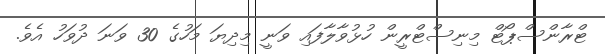
ޓްރާންސްޕޯޓް މިނިސްޓްރީން ހުޅުވާލާފައި ވަނީ މިދިޔަ މަހުގެ 30 ވަނަ ދުވަހު އެވެ.